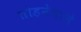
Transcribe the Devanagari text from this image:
तोड़नेवाले